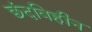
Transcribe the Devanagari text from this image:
छंदविहीन